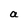
Character: a